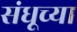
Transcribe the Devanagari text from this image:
संधूच्या